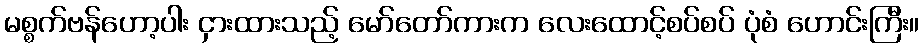
မစ္စက်ဗန်ဟော့ပါး ငှားထားသည့် မော်တော်ကားက လေးထောင့်စပ်စပ် ပုံစံ ဟောင်းကြီး။